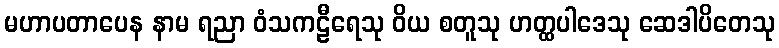
မဟာပတာပေန နာမ ရညာ ဝံသကဠီရေသု ဝိယ စတူသု ဟတ္ထပါဒေသု ဆေဒါပိတေသု